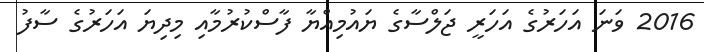
2016 ވަނަ އަހަރުގެ އަހަރީ ޖަލްސާގެ ޔައުމިއްޔާ ފާސްކުރުމާއި މިދިޔަ އަހަރުގެ ސާފު